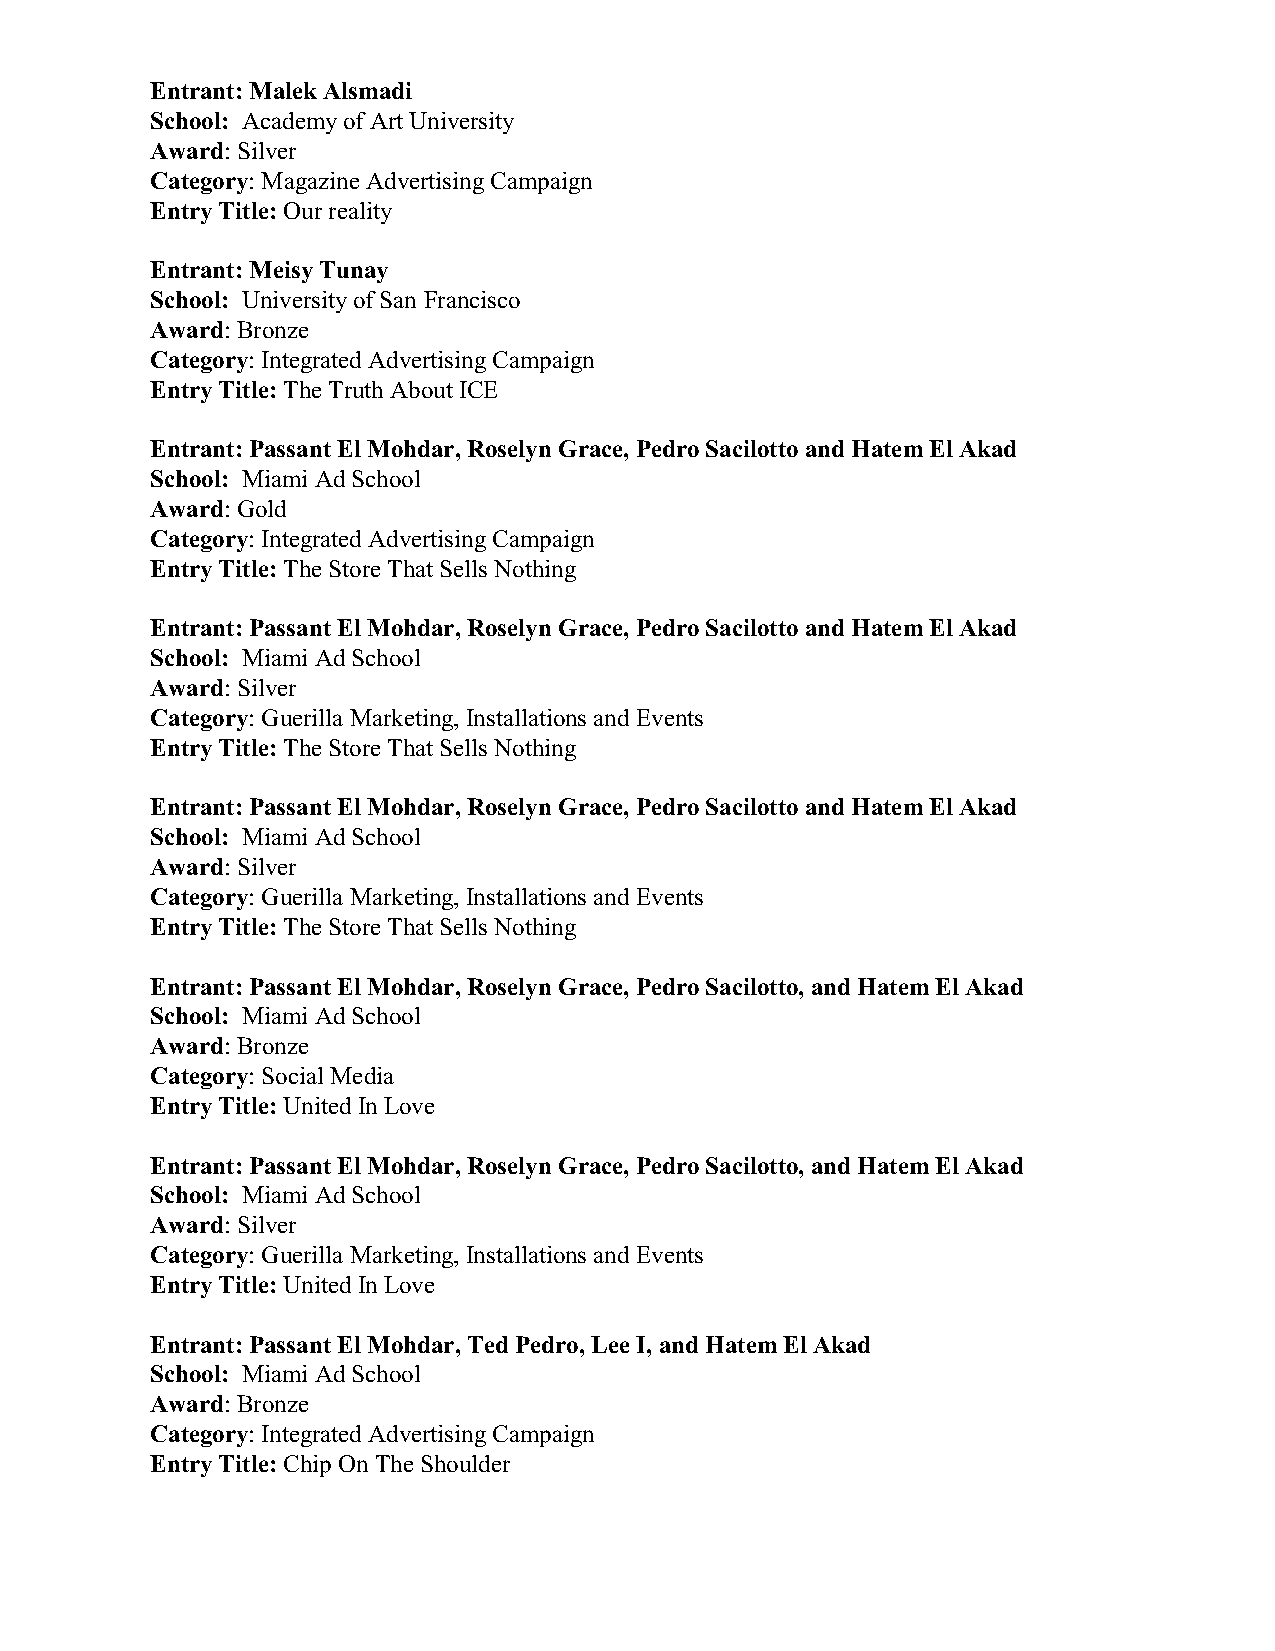
Entrant: Malek Alsmadi
 School: Academy of Art University
 Award: Silver
 Category: Magazine Advertising Campaign
 Entry Title: Our reality
 Entrant: Meisy Tunay
 School: University of San Francisco
 Award: Bronze
 Category: Integrated Advertising Campaign
 Entry Title: The Truth About ICE
 Entrant: Passant El Mohdar, Roselyn Grace, Pedro Sacilotto and Hatem El Akad
 School: Miami Ad School
 Award: Gold
 Category: Integrated Advertising Campaign
 Entry Title: The Store That Sells Nothing
 Entrant: Passant El Mohdar, Roselyn Grace, Pedro Sacilotto and Hatem El Akad
 School: Miami Ad School
 Award: Silver
 Category: Guerilla Marketing, Installations and Events
 Entry Title: The Store That Sells Nothing
 Entrant: Passant El Mohdar, Roselyn Grace, Pedro Sacilotto and Hatem El Akad
 School: Miami Ad School
 Award: Silver
 Category: Guerilla Marketing, Installations and Events
 Entry Title: The Store That Sells Nothing
 Entrant: Passant El Mohdar, Roselyn Grace, Pedro Sacilotto, and Hatem El Akad
 School: Miami Ad School
 Award: Bronze
 Category: Social Media
 Entry Title: United In Love
 Entrant: Passant El Mohdar, Roselyn Grace, Pedro Sacilotto, and Hatem El Akad
 School: Miami Ad School
 Award: Silver
 Category: Guerilla Marketing, Installations and Events
 Entry Title: United In Love
 Entrant: Passant El Mohdar, Ted Pedro, Lee I, and Hatem El Akad
 School: Miami Ad School
 Award: Bronze
 Category: Integrated Advertising Campaign
 Entry Title: Chip On The Shoulder